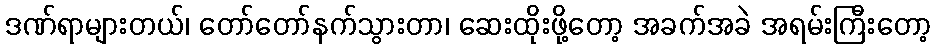
ဒဏ်ရာများတယ်၊ တော်တော်နက်သွားတာ၊ ဆေးထိုးဖို့တော့ အခက်အခဲ အရမ်းကြီးတော့